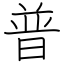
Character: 普